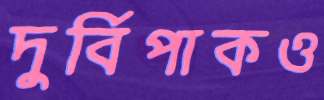
দুর্বিপাকও